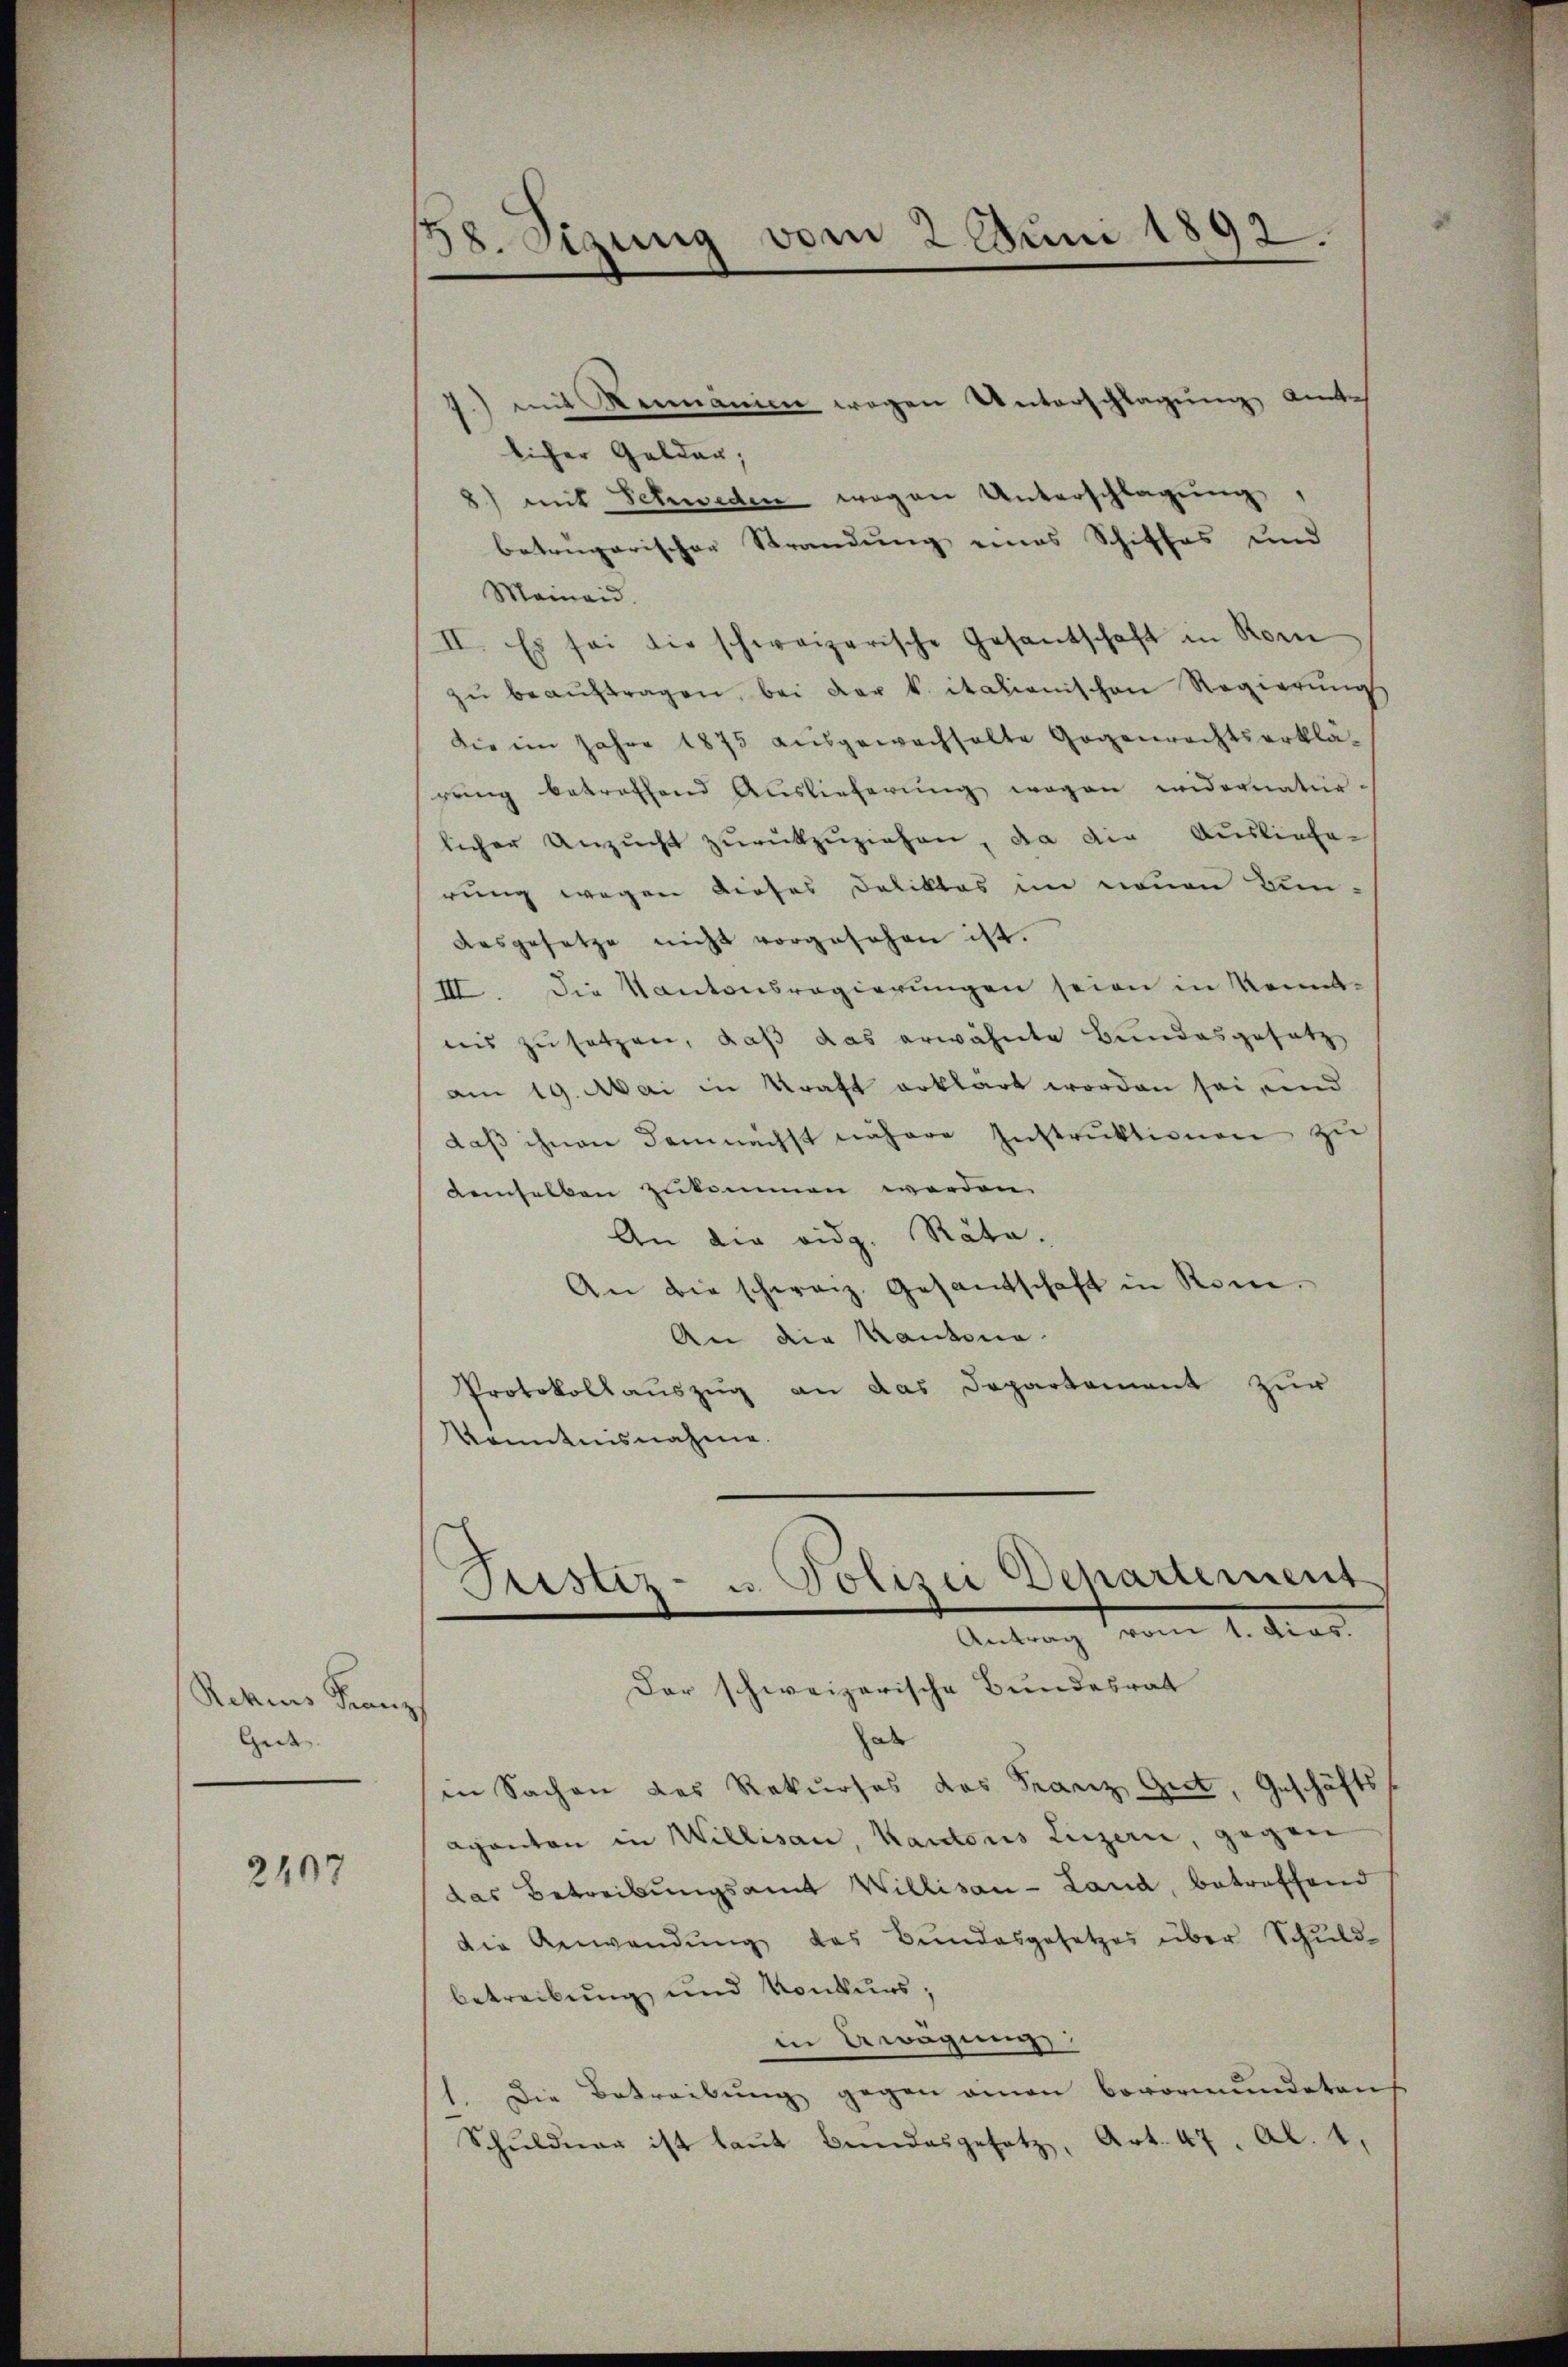
Rezius Franz
Gede. |

2407

88. Sizung vom 2. Juni 1892.

mit Romanien wegen Unterschlagung andes
licher Geldar;
8) mit Schweden wegen Unterschlagŭng
betrügerischer Strandung eines Schiffes und
Mainaid.
II. Es sei die schweizerische Gesantschaft in Rom
zŭ beaŭftragen, bei der k. italienischen Regierŭngs
die im Jahre 1875 ausgewachhalte Gegenrechtserklärŭng betroffend Auslieferŭng wegen widernatur-
licher Unzucht zurückzuziehen, da die Ausliefer
rung wegen dieses Deliktes im neuen Ein-
aasgesetze nicht vorgesehen ist.
III. Die Kantonsregierungen seien in Kenntnis zu setzen, daß das erwähnte Bundesgesetz
am 19. Mai in Kraft erklärt worden sei und
daβ ihnen demnächst nähere Instrŭktionen zu
demselben zukommen werden.
An die eidg. Räte.
An die schweiz. Gesandschaft in Rom.
An die Kantona
Protokollauszug an das Departement zur
Kenntnisnahme.
Antrag vom 1. Mari
Dar schweizerische Bundesrat
de
in Sachen des Rekurses des Franz Giet, Geschäft
aganton in Willisau, Kaidonis Luzern gegen
das Betreibungsamt Willisau-Land, betreffend
die Anwendung des Bundesgesetzes über Schuld-
betreibung und Konkurs,
in Awagung:
Die Betreibung gegen einen Bevormundeten
Schuldner ist laŭt Bundesgesetz, Art. 47, Al. 4,

Justiz- u. Polizei Departement